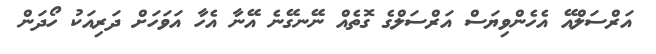
އަރްސަލްއޭ އެހެންވިޔަސް އަރްސަލްގެ ގޮތެއް ނޭނގޭނެ އޭނާ އެހާ އަވަހަށް ދަރިއަކު ހޯދަން